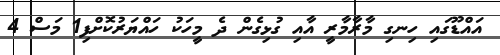
އައްޑޫގައި ހިނގި މާރާމާރީ އާއި ގުޅިގެން ދެ މީހަކު ހައްޔަރުކޮށްފި1 މަސް 4